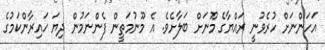
އަހަންނަށް ހުރެވުނީ ރައްޔާގެ މޫނަށް ބަލާށެވެ. އެ މޫނުމަތީން ފެންނަމުން ދިޔަ ހައިރާންކަމުގެ